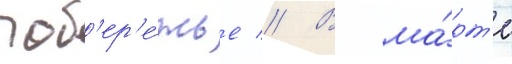
поб'ер'е́жье // В ма́рт'е